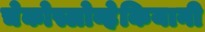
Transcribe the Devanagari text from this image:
चेकोस्लोव्हेकियानी